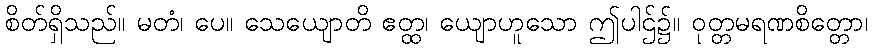
စိတ်ရှိသည်။ မတံ၊ ပေ။ သေယျောတိ ဧတ္ထ၊ ယျောဟူသော ဤပါဌ်၌။ ဝုတ္တမရဏစိတ္တော၊